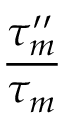
\frac { \tau _ { m } ^ { \prime \prime } } { \tau _ { m } }